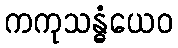
ကကုသန္ဓံယေဝ